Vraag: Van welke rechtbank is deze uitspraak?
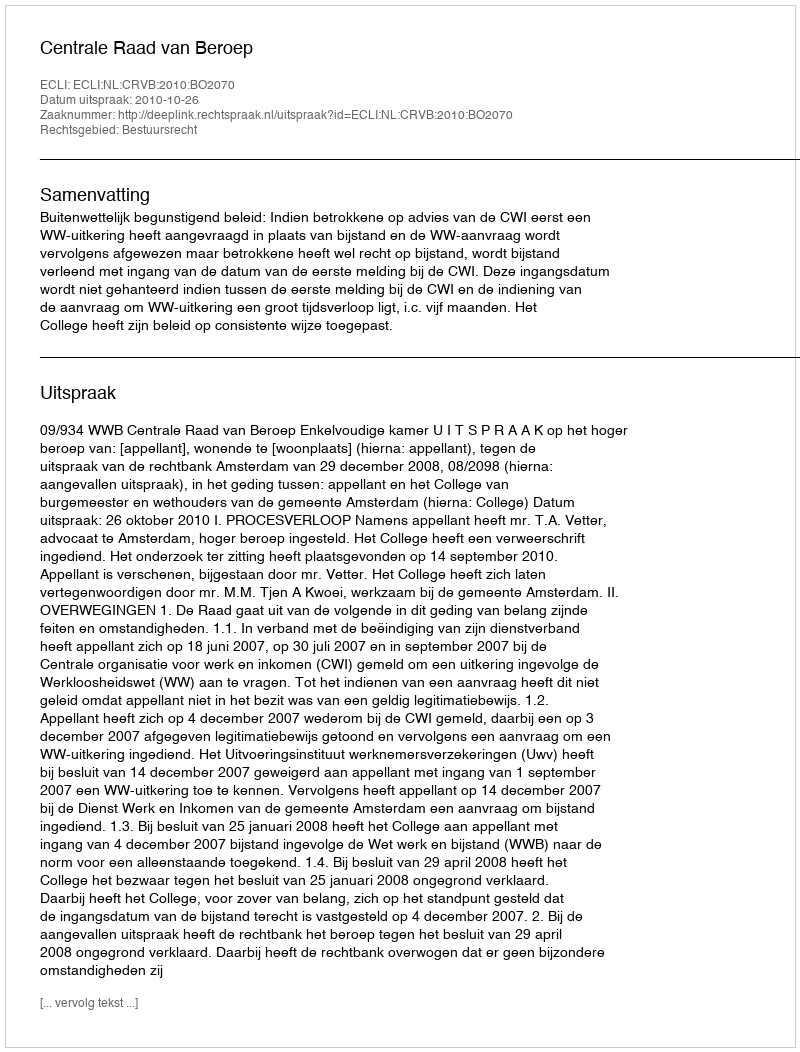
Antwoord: Centrale Raad van Beroep